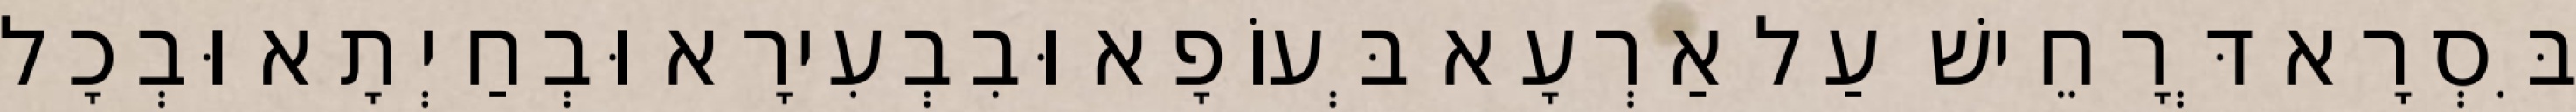
בִּסְרָא דְּרָחֵישׁ עַל אַרְעָא בְּעוֹפָא וּבִבְעִירָא וּבְחַיְתָא וּבְכָל